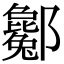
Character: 酁